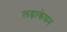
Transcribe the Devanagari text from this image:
लड़ाकेपन